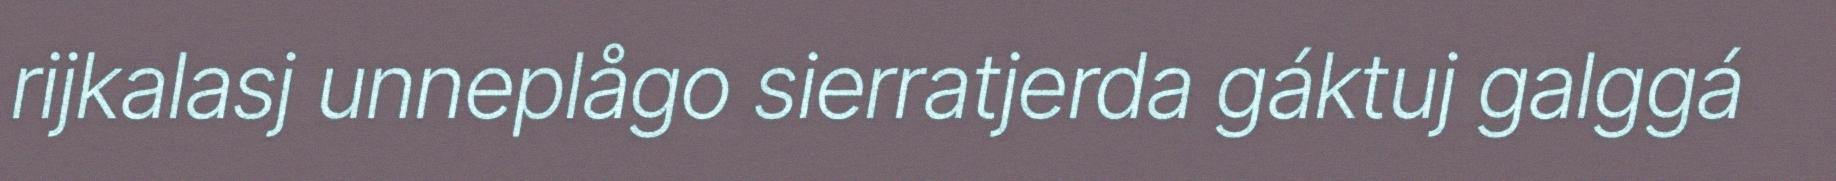
rijkalasj unneplågo sierratjerda gáktuj galggá